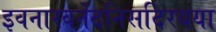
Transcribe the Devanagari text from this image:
इवनारवनेंदनिसदिरयया